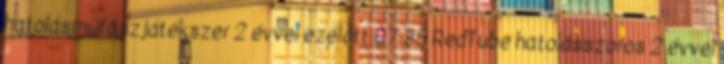
hatolásműfaszjátékszer 2 évvel ezelőtt 07:35 RedTube hatolásszoros 2 évvel